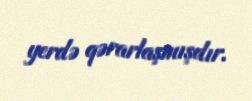
yerdə qərarlaşmışdır.